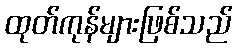
ထုတ်ကုန်များဖြစ်သည်